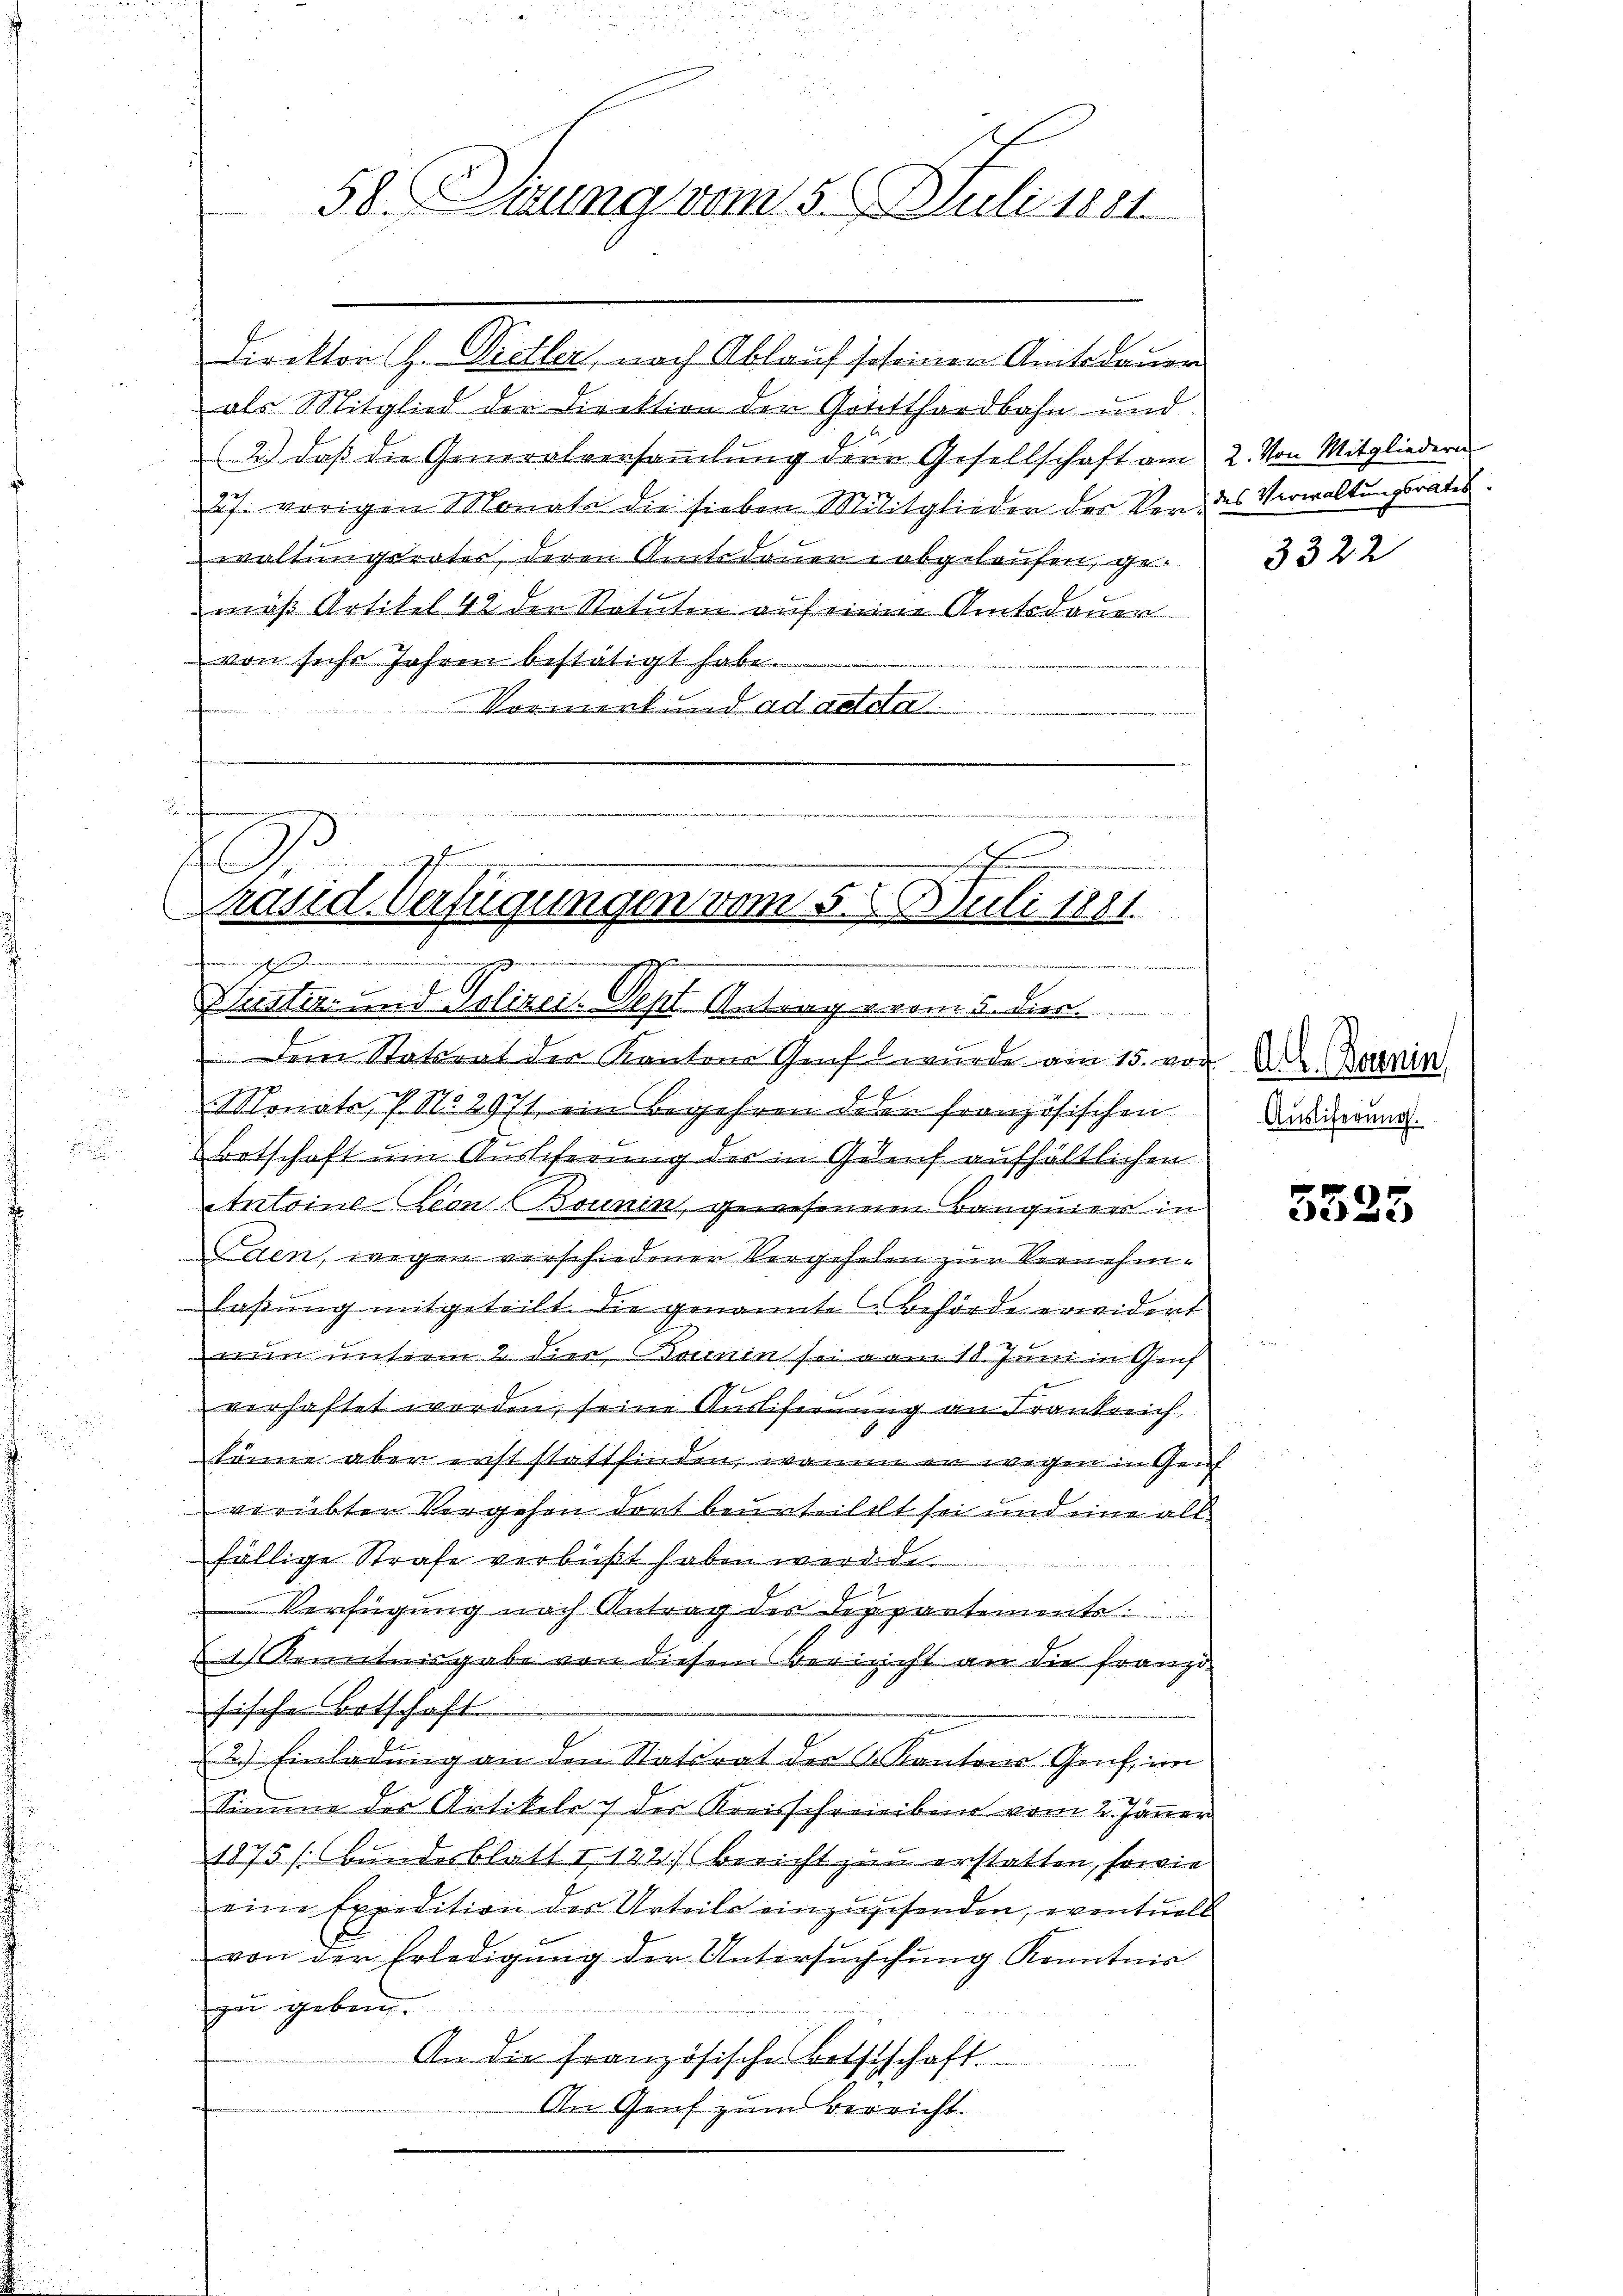
i
58. Dirung vom 5. Juli 1881.

Direktor H. Dietler, nach Ablauf scheinen Amtsdauer
als Mitglied der Direktion der Gottthardbahn und
(2.) daß die Generalversammlung dere Gesellschaft am
2f. vorigen Monate die sieben Militglieder der Vor des Verwaltungsrates
waltungsrates, deren Amtsdauer abgelaufen, gemäß Artikel 42 den Statuten auf einen Amtsdauer
von sechs Jahren bestätigt habe.
Vormerk dadaetda
n
d

A
Präsid. Verfügungen vom 5. 6. Juli 1881.
immenhagen einen
wenden äuflich den namen
rgangen

Drester- und Polizei. Sept. Antrag vom 5. Dien

2. Von Mitgliedern

Dem Statsrat der Kantons Graf wurde am 15. von A. Banin
Monats, P. No. 2971 ein Begehren deren französischen
Betschaft um Auslieferung der in Zunf aufhältlichen
Antoine Leon (Brunin, gewesenem Banquiers in
Taen, wegen verschiedener Vergehelen zur Vernehmlaßung mitgeteilt. Die genannte Behörde erwidert.
nun unterm 2. dies, omnin sei vom 18. Juni in Genf
verhaftet worden, seine Auslifernung an Frankreich,
6
könne aber erst stattfinden, wenn er wegen in Genf
verübter Vergehen dort beurteilet sei und eine all
fällige Strafe verbüßt haben werde de
Verfügung nach Antrag der Deppartements
§ 1 Kenntnisgabe von diesem Bericht an die Franzö
fische Botschaft.
2) Einladung an den Statsrat der K. Kantons Genf, im
Simme des Artikelach der Kreisschreiben vom 2. Jänner
1875 (Bundesblatt I 142) bericht zum erstatten, sowie
eine Expedition der Urteils einzugesenden, eventuell
von der Erledigŭng der Untersŭchchŭng Kenntnis
zu geben
An die französische Botstschaft.
e
An Genf zum Verricht.

3322

Auslieferung.

3525